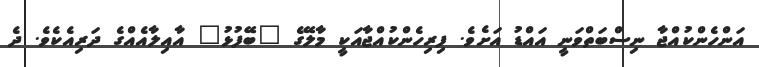
އަންހެންކުއްޖާ ނިސްބަތްވަނީ އައްޑު އަށެވެ. ފިރިހެންކުއްޖާއަކީ މާލޭގެ "ބޭފުޅު" އާއިލާއެއްގެ ދަރިއެކެވެ. ދެ